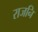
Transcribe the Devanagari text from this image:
राजनि